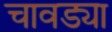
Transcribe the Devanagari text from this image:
चावड्या